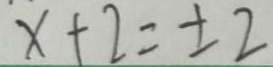
x + 2 = \pm 2